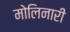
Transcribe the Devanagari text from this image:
मोलिनारी